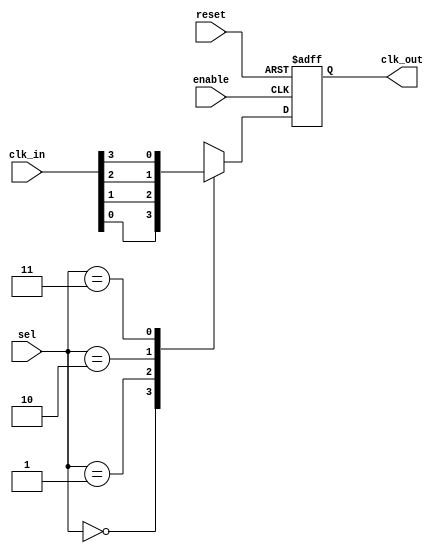
module clock_mux_buffer #(
    parameter N = 4,      // Number of clock inputs
    parameter M = 2       // Number of select lines (N = 2^M)
) (
    input  wire [N-1:0] clk_in,   // Clock inputs
    input  wire [M-1:0] sel,       // Select lines
    input  wire enable,             // Enable signal
    input  wire reset,              // Reset signal
    output reg  clk_out             // Clock output
);

    // Internal signals
    reg [N-1:0] selected_clk;

    always @(posedge reset or posedge enable) begin
        if (reset) begin
            // On reset, hold output clock to low state
            clk_out <= 1'b0;
        end else if (enable) begin
            // Select the clock based on the select lines
            selected_clk = clk_in;

            // Route the selected clock to output based on the select lines
            case (sel)
                0: clk_out <= selected_clk[0];
                1: clk_out <= selected_clk[1];
                2: clk_out <= selected_clk[2];
                3: clk_out <= selected_clk[3];
                // Additional cases can be added if N > 4
                default: clk_out <= 1'b0; // Default case
            endcase
        end else begin
            // Hold clk_out low when enable is low
            clk_out <= 1'b0;
        end
    end

endmodule